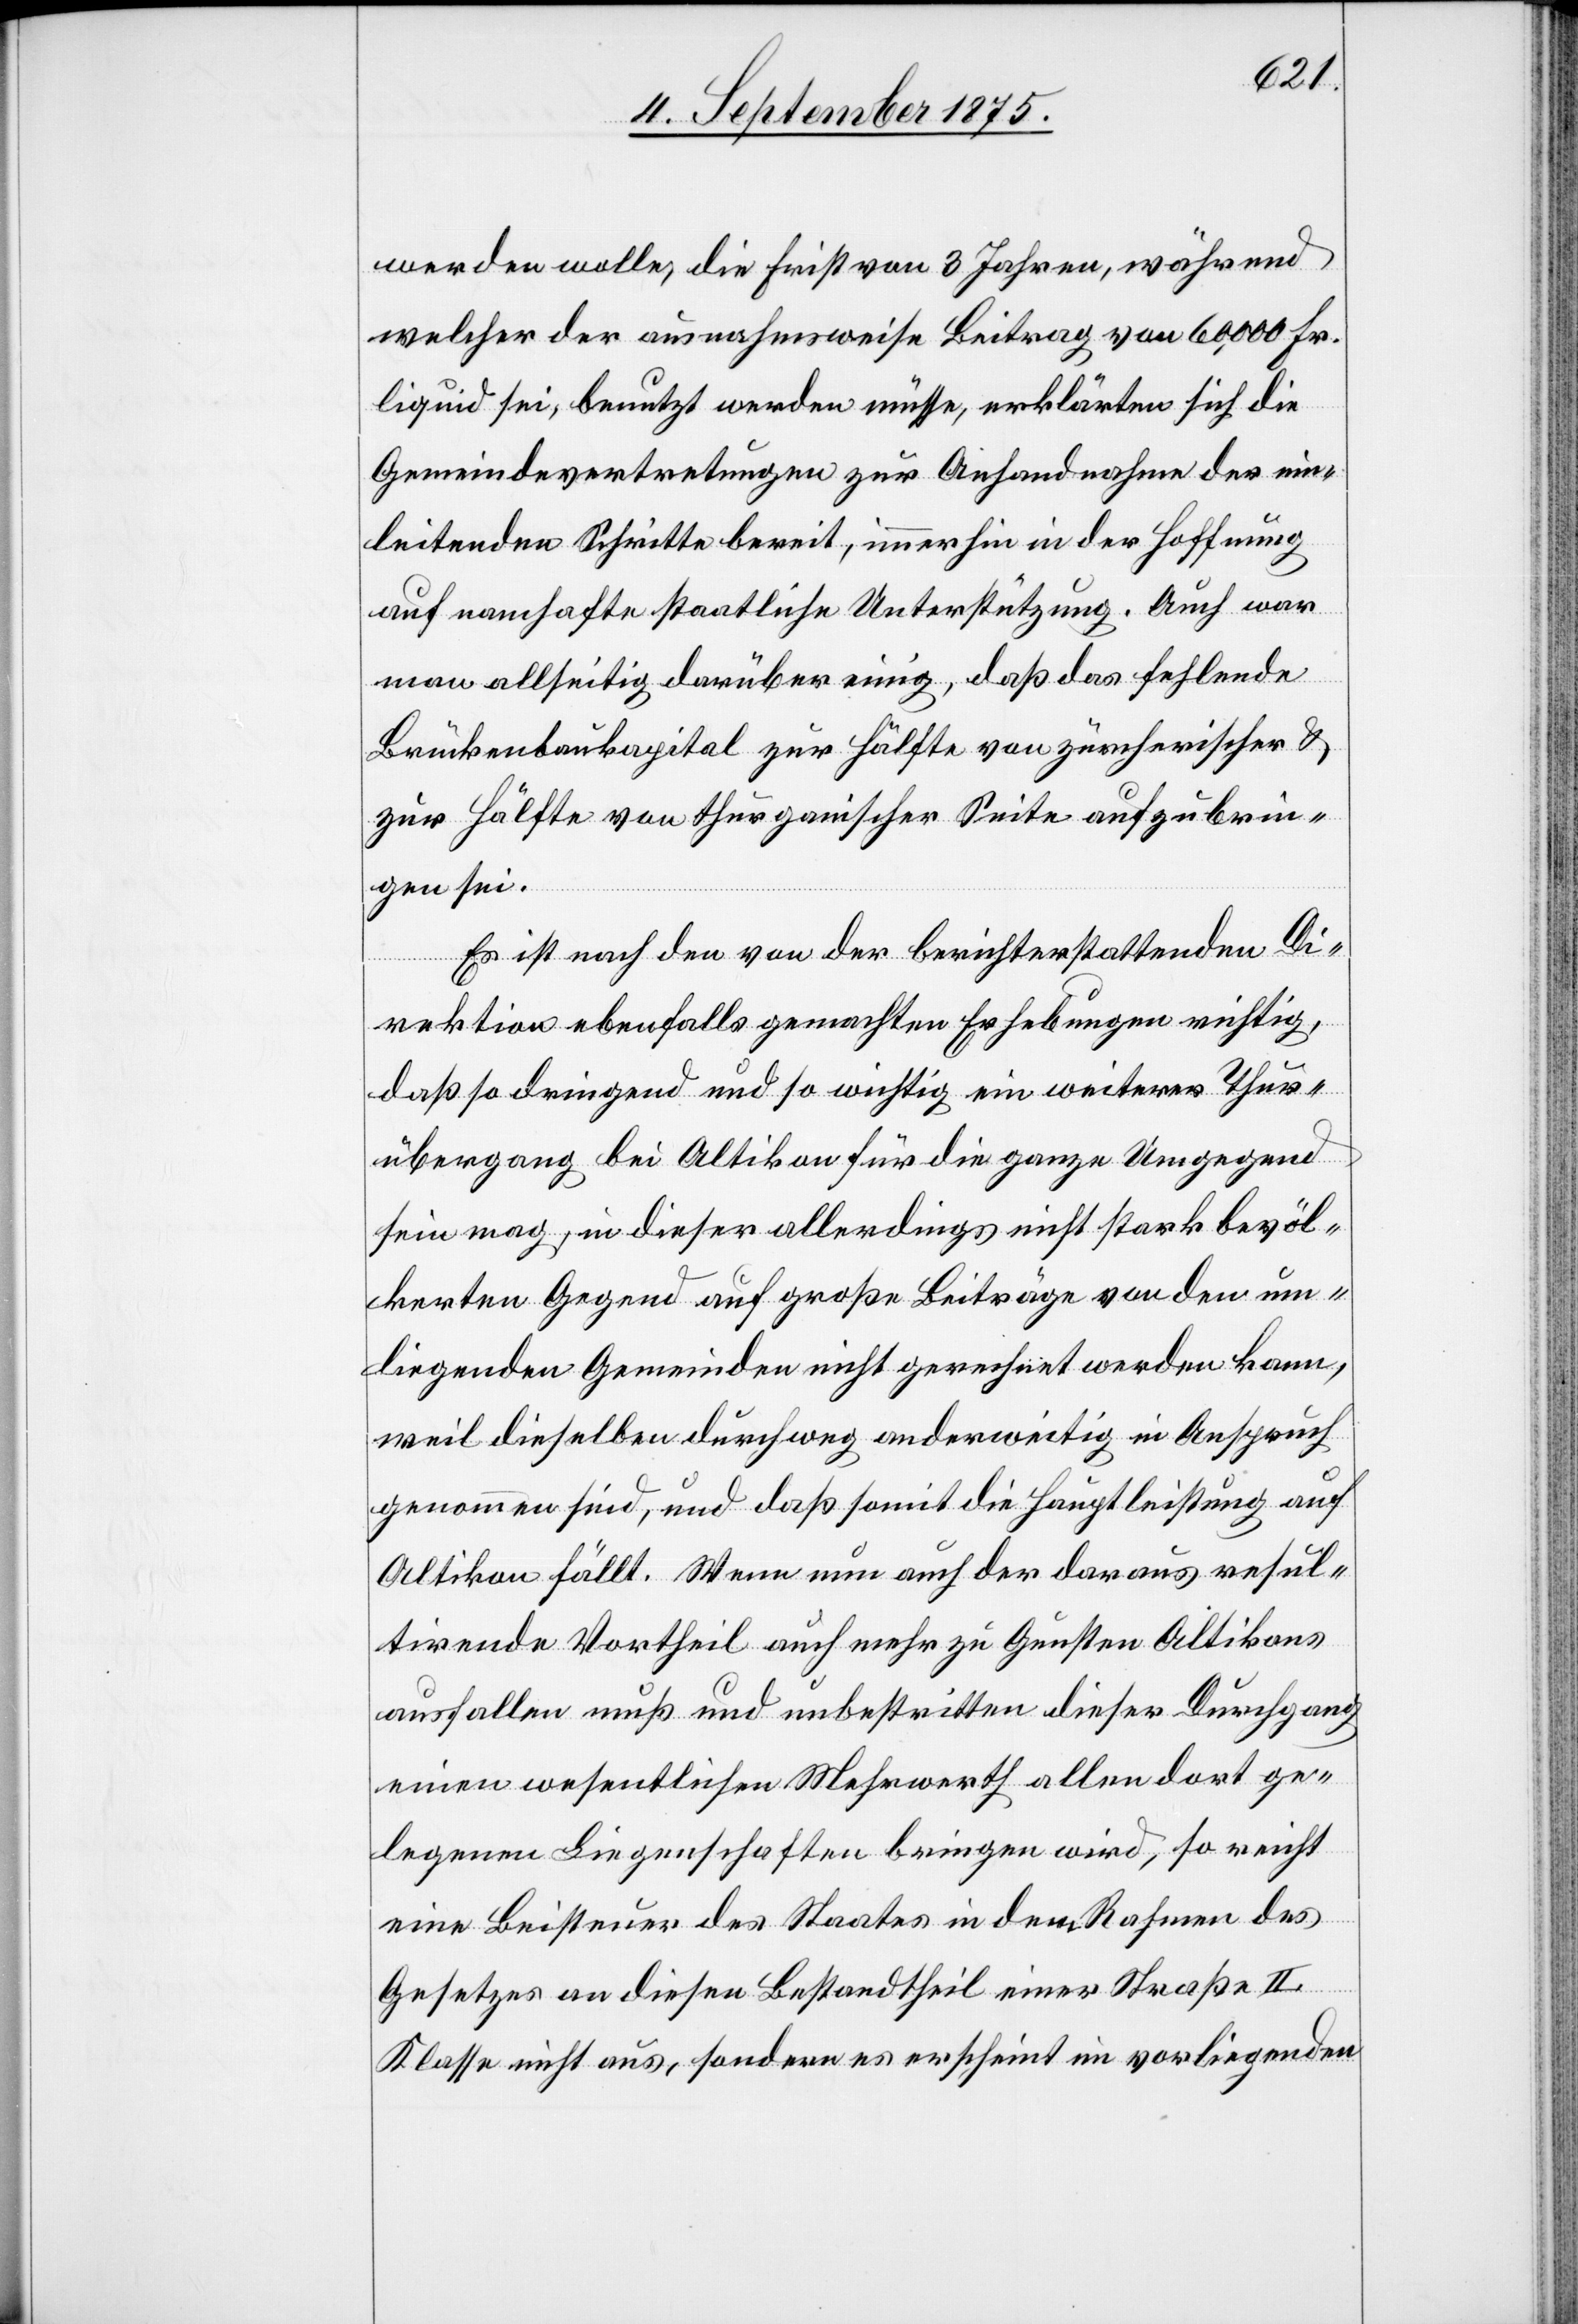
werden wolle, die Frist von 3 Jahren, während
welcher der ausnahmsweise Beitrag von 60,000 Fr.
liquid sei, benutzt werden müsse, erklärten sich die
Gemeindevertretungen zur Anhandnahme der ein¬
leitenden Schritte bereit, immerhin in der Hoffnung
auf namhafte staatliche Unterstützung. Auch war
man allseitig darüber einig, daß das fehlende
Brückenbaukapital zur Hälfte von zürcherischer &
zur Hälfte von thurgauischer Seite aufzubrin¬
gen sei.
Es ist nach den von der berichterstattenden Di¬
rektion ebenfalls gemachten Erhebungen richtig,
daß so dringend und so wichtig ein weiterer Thur¬
übergang bei Altikon für die ganze Umgegend
sein mag, in dieser allerdings nicht stark bevöl¬
kerten Gegend auf große Beiträge von den um¬
liegenden Gemeinden nicht gerechnet werden kann,
weil dieselben durchweg anderweitig in Anspruch
genommen sind, und daß somit die Hauptleistung auf
Altikon fällt. Wenn nun auch der daraus resul¬
tirende Vortheil auch mehr zu Gunsten Altikons
ausfallen muß und unbestritten dieser Durchgang
einen wesentlichen Mehrwerth allen dort ge¬
legenen Liegenschaften bringen wird, so reicht
eine Beisteuer des Staates in dem Rahmen des
Gesetzes an diesen Bestandtheil einer Straße II.
Klasse nicht aus, sondern es erscheint im vorliegenden